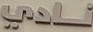
نادي